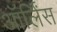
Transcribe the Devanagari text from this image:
ऑर्लिंस